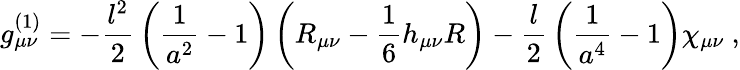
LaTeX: g_{\mu\nu}^{(1)}=-{\frac{l^{2}}{2}}\left({\frac{1}{a^{2}}}-1\right)\left(R_{\mu\nu}-{\frac{1}{6}}h_{\mu\nu}R\right)-{\frac{l}{2}}\left({\frac{1}{a^{4}}}-1\right)\chi_{\mu\nu}\ ,